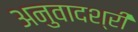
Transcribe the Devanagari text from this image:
अनुवादश्री